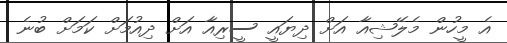
އެ މީހުން މެލޭޝިއާ އަށް ދިޔައީ ސީރިއާ އަށް ދިއުމަށް ކަމަށް ބުނެ